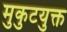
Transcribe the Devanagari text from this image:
मुकुटयुक्त